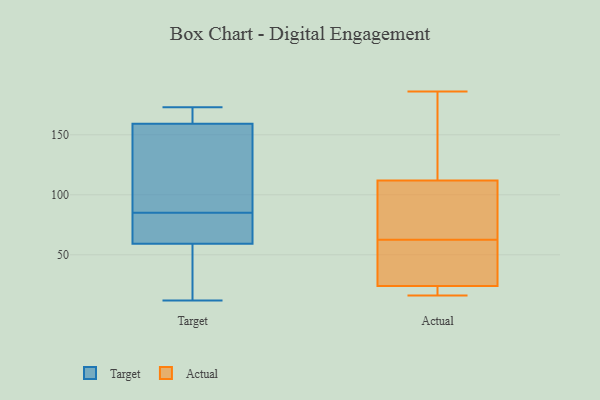
{"axis": {"x": "Temperature (°C)", "y": "Value"}, "legend": ["Actual", "Target"], "data": [{"x": "", "y": 166, "type": "Target"}, {"x": "", "y": 85, "type": "Target"}, {"x": "", "y": 12, "type": "Target"}, {"x": "", "y": 173, "type": "Target"}, {"x": "", "y": 157, "type": "Target"}, {"x": "", "y": 73, "type": "Target"}, {"x": "", "y": 121, "type": "Target"}, {"x": "", "y": 171, "type": "Target"}, {"x": "", "y": 48, "type": "Target"}, {"x": "", "y": 75, "type": "Target"}, {"x": "", "y": 45, "type": "Target"}, {"x": "", "y": 102, "type": "Target"}, {"x": "", "y": 63, "type": "Target"}, {"x": "", "y": 112, "type": "Actual"}, {"x": "", "y": 17, "type": "Actual"}, {"x": "", "y": 92, "type": "Actual"}, {"x": "", "y": 20, "type": "Actual"}, {"x": "", "y": 67, "type": "Actual"}, {"x": "", "y": 186, "type": "Actual"}, {"x": "", "y": 85, "type": "Actual"}, {"x": "", "y": 16, "type": "Actual"}, {"x": "", "y": 58, "type": "Actual"}, {"x": "", "y": 30, "type": "Actual"}, {"x": "", "y": 24, "type": "Actual"}, {"x": "", "y": 26, "type": "Actual"}, {"x": "", "y": 141, "type": "Actual"}, {"x": "", "y": 160, "type": "Actual"}]}